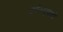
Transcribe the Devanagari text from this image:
कईस्युवकों